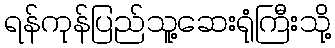
ရန်ကုန်ပြည်သူ့ဆေးရုံကြီးသို့